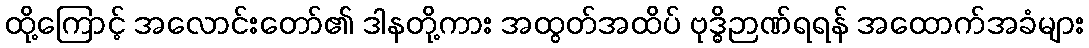
ထို့ကြောင့် အလောင်းတော်၏ ဒါနတို့ကား အထွတ်အထိပ် ဗုဒ္ဓိဉာဏ်ရရန် အထောက်အခံများ